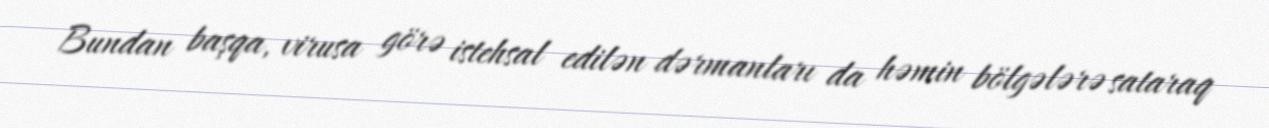
Bundan başqa, virusa görə istehsal edilən dərmanları da həmin bölgələrə sataraq